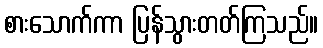
စားသောက်ကာ ပြန်သွားတတ်ကြသည်။